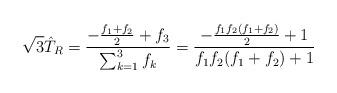
LaTeX: \begin{align*}\sqrt{3} \hat T_R = {-{f_1+ f_2 \over 2} + f_3 \over \sum_{k=1}^3 f_k} = {-{f_1 f_2(f_1+ f_2) \over 2} + 1 \over f_1 f_2(f_1 + f_2) +1 }\end{align*}